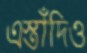
এস্তাঁদিও